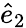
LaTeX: \hat{e}_{2}